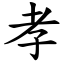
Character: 孝